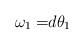
LaTeX: \begin{align*}\omega_1 =& d\theta_1 \end{align*}